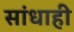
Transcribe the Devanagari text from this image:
सांधाही